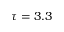
\tau = 3 . 3